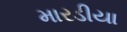
મારડીયા